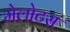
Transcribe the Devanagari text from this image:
मेलोटस